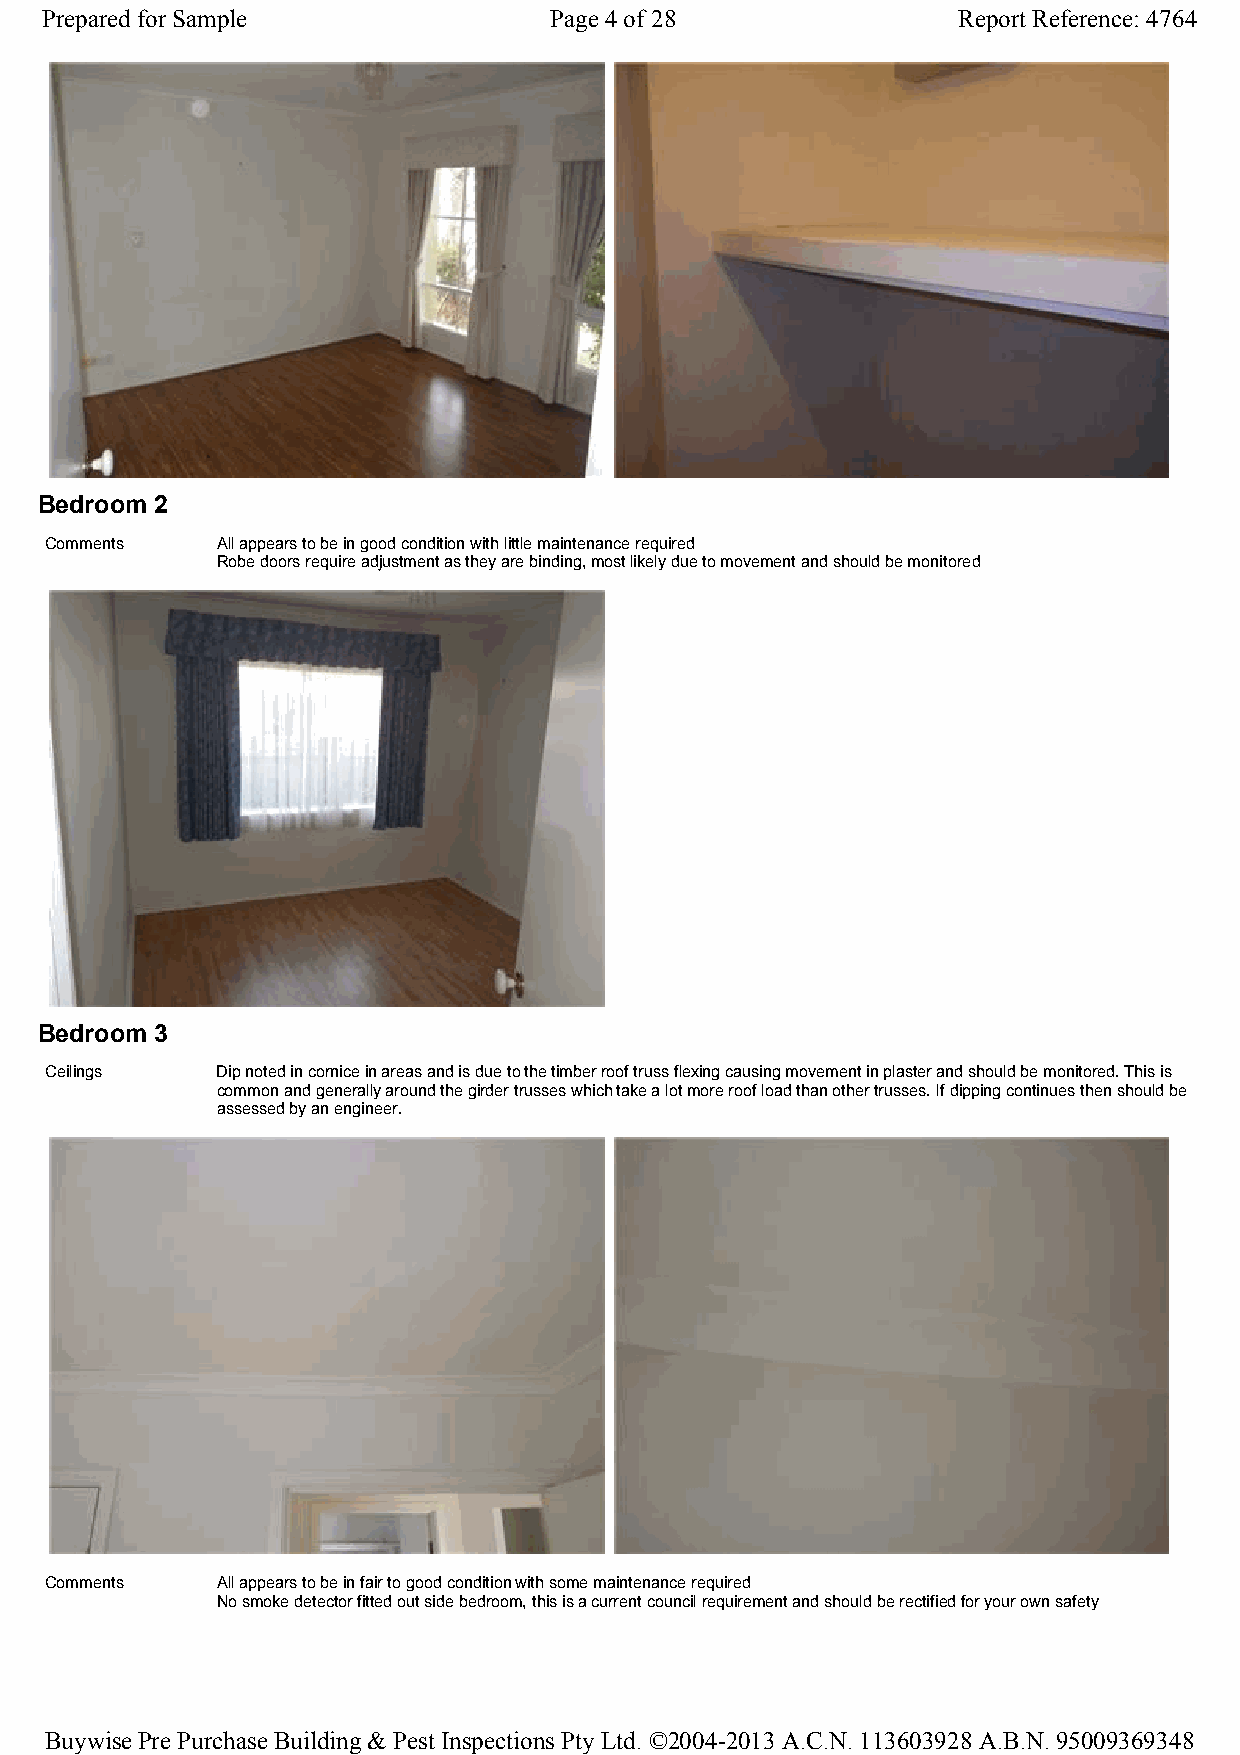
Prepared for Sample              Page 4 of 28               Report Reference: 4764
 Bedroom 2
 Comments   All appears to be in good condition with little maintenance required
 Robe doors require adjustment as they are binding, most likely due to movement and should be monitored
 Bedroom 3
 Ceilings   Dip noted in cornice in areas and is due to the timber roof truss flexing causing movement in plaster and should be monitored. This is
 common and generally around the girder trusses which take a lot more roof load than other trusses. If dipping continues then should be
 assessed by an engineer.
 Comments   All appears to be in fair to good condition with some maintenance required
 No smoke detector fitted out side bedroom, this is a current council requirement and should be rectified for your own safety
 Buywise Pre Purchase Building & Pest Inspections Pty Ltd. ©2004-2013 A.C.N. 113603928 A.B.N. 95009369348